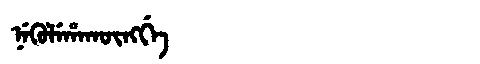
Manchu: ᠨᡝᡴᡠᠯᡝᡥᠠᡴᡡᠩᡤᡝ
Romanization: NEKULEHAKŪNGGE